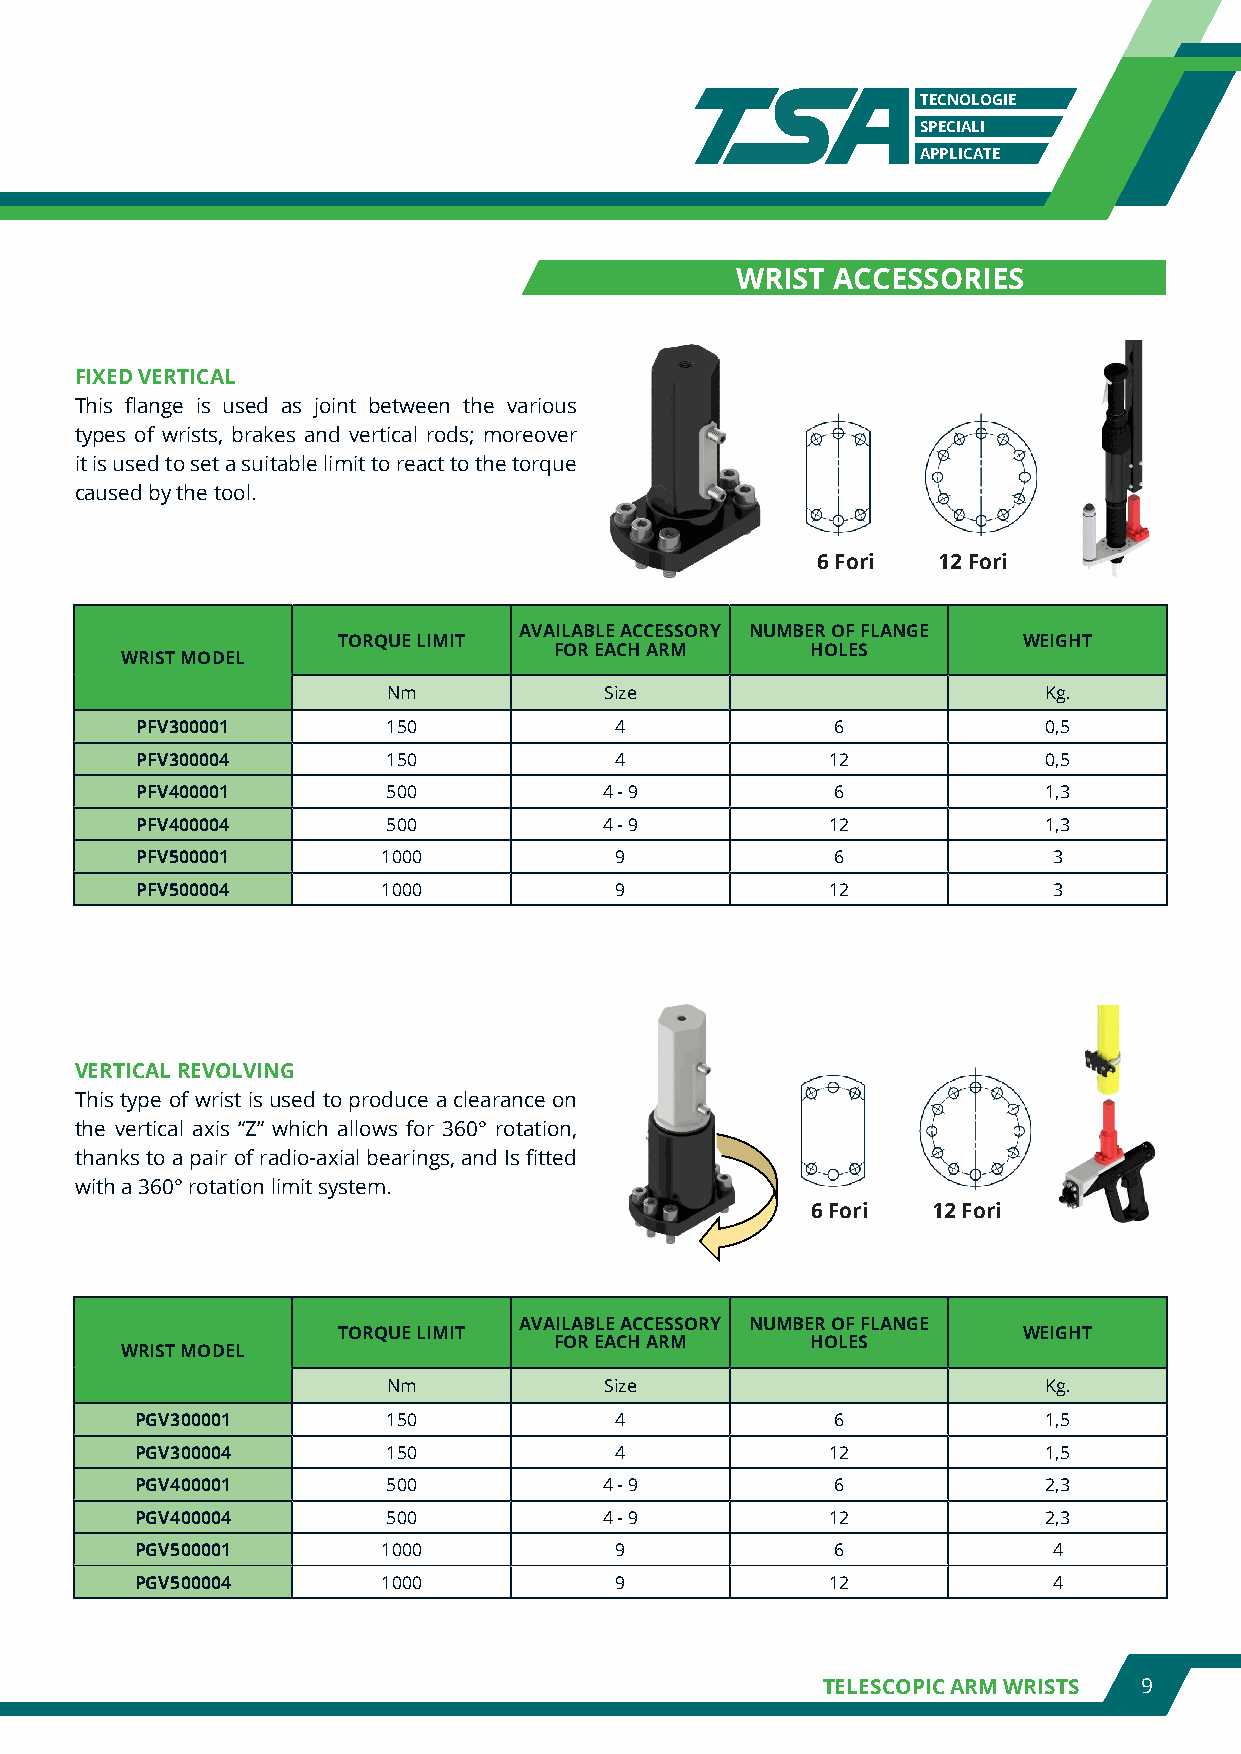
TECNOLOGIE
 SPECIALI
 APPLICATE
 WRIST ACCESSORIES
 FIXED VERTICAL
 This flange is used as joint between the various
 types of wrists, brakes and vertical rods; moreover
 it is used to set a suitable limit to react to the torque
 caused by the tool.
 6 Fori  12 Fori
 AVAILABLE ACCESSORY NUMBER OF FLANGE
 TORQUE LIMIT                                  WEIGHT
 FOR EACH ARM     HOLES
 WRIST MODEL
 Nm            Size                         Kg.
 PFV300001        150            4             6             0,5
 PFV300004        150            4             12            0,5
 PFV400001        500           4 - 9          6             1,3
 PFV400004        500           4 - 9          12            1,3
 PFV500001       1000            9             6              3
 PFV500004       1000            9             12             3
 VERTICAL REVOLVING
 This type of wrist is used to produce a clearance on
 the vertical axis “Z” which allows for 360° rotation,
 thanks to a pair of radio-axial bearings, and Is fitted
 with a 360° rotation limit system.
 6 Fori  12 Fori
 AVAILABLE ACCESSORY NUMBER OF FLANGE
 TORQUE LIMIT                                  WEIGHT
 FOR EACH ARM     HOLES
 WRIST MODEL
 Nm            Size                         Kg.
 PGV300001        150            4             6             1,5
 PGV300004        150            4             12            1,5
 PGV400001        500           4 - 9          6             2,3
 PGV400004        500           4 - 9          12            2,3
 PGV500001       1000            9             6              4
 PGV500004       1000            9             12             4
 TELESCOPIC ARM WRISTS 9